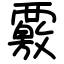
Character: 覈